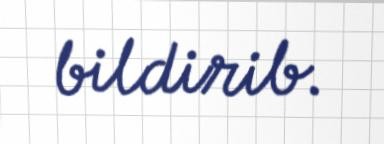
bildirib.